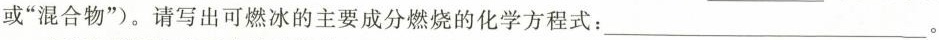
或”混合物”)。请写出可燃冰的主要成分燃烧的化学方程式：___。